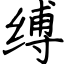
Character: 缚